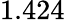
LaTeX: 1.424